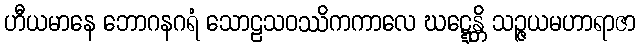
ဟီယမာနေ ဘောဂနဂရံ သောဠသဝဿိကကာလေ ဃဋ္ဋေန္တိ သဉ္ဇယမဟာရာဇာ